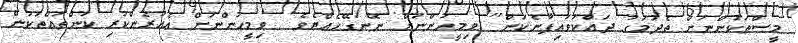
މީސްތަކުންނަށް ތެދުމަގު ދައްކަވައިފާނެކަން  ވިމީހުންނަށް ނޭނގޭހެއްޔެވެ  ވިމީހުންނަށް އެއުރެންކުރި ކަންތައްތަކުން